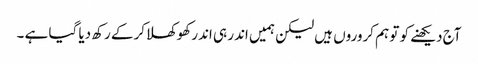
آج دیکھنے کو تو ہم کروروں ہیں لیکن ہمیں اندر ہی اندر کھوکھلاکرکے رکھ دیا گیا ہے ۔